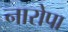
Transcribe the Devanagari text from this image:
नारोपा